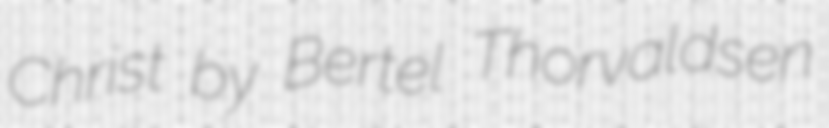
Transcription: Christ by Bertel Thorvaldsen